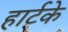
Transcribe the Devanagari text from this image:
हार्टके